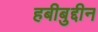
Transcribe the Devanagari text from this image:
हबीबुद्दीन